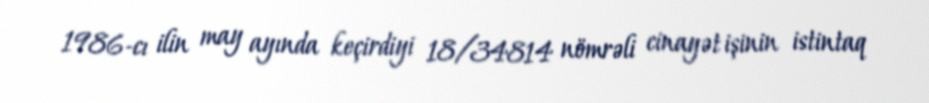
1986-cı ilin may ayında keçirdiyi 18/34814 nömrəli cinayət işinin istintaq